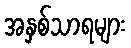
အနှစ်သာရများ